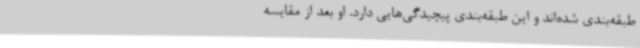
طبقه‌بندی شده‌اند و این طبقه‌بندی پیچیدگی‌هایی دارد. او بعد از مقایسه